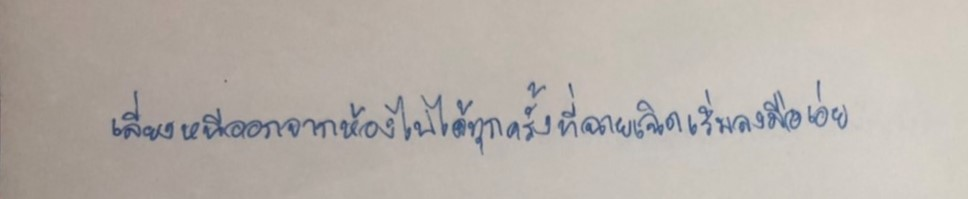
เลี่ยงหนีออกจากห้องไปได้ทุกครั้งที่ฉายเฉิดเริ่มลงมือเอ่ย